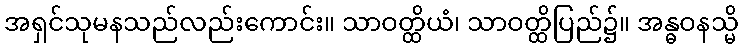
အရှင်သုမနသည်လည်းကောင်း။ သာဝတ္ထိယံ၊ သာဝတ္ထိပြည်၌။ အန္ဓဝနသ္မိ